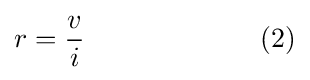
r={v \over i}\qquad \qquad \qquad \,\,(2)